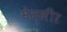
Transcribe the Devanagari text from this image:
मेस्सीर